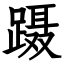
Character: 蹑